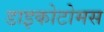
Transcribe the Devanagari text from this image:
डाइकोटोमस